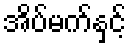
အိပ်မက်နှင့်